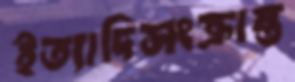
ইত্যাদিসংক্রান্ত